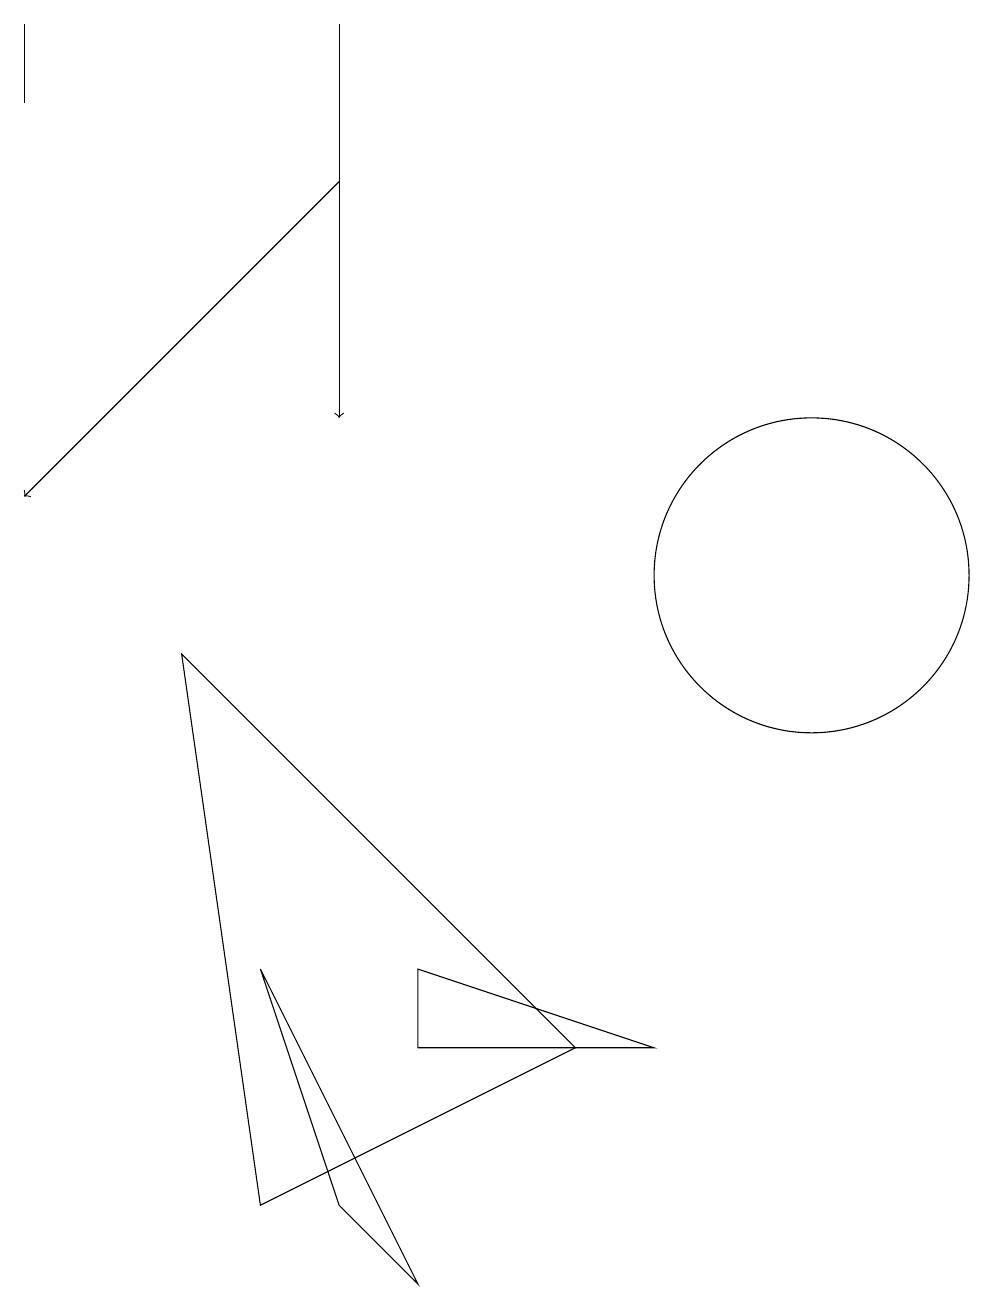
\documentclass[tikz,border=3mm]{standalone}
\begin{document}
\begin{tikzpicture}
\draw (10,10) circle (2);
\draw (5,1) -- (3,5) -- (4,2) -- cycle;
\draw (0,17) rectangle (0,16);
\draw (3,2) -- (2,9) -- (7,4) -- cycle;
\draw (5,4) -- (5,5) -- (8,4) -- cycle;
\draw[->] (4,15) -- (0,11);
\draw[->] (4,17) -- (4,12);
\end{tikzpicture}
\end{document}